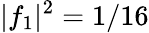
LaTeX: |f_{1}|^{2}=1/16